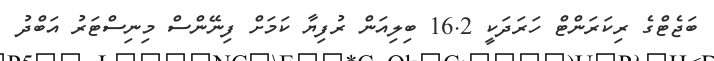
ބަޖެޓްގެ ރިކަރަންޓް ހަރަދަކީ 16.2 ބިލިއަން ރުފިޔާ ކަމަށް ފިނޭންސް މިނިސްޓަރު އަބްދު